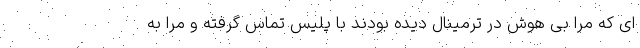
ای که مرا بی هوش در ترمینال دیده بودند با پلیس تماس گرفته و مرا به